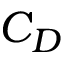
C _ { D }